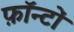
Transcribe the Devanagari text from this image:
फ़ॉन्टों